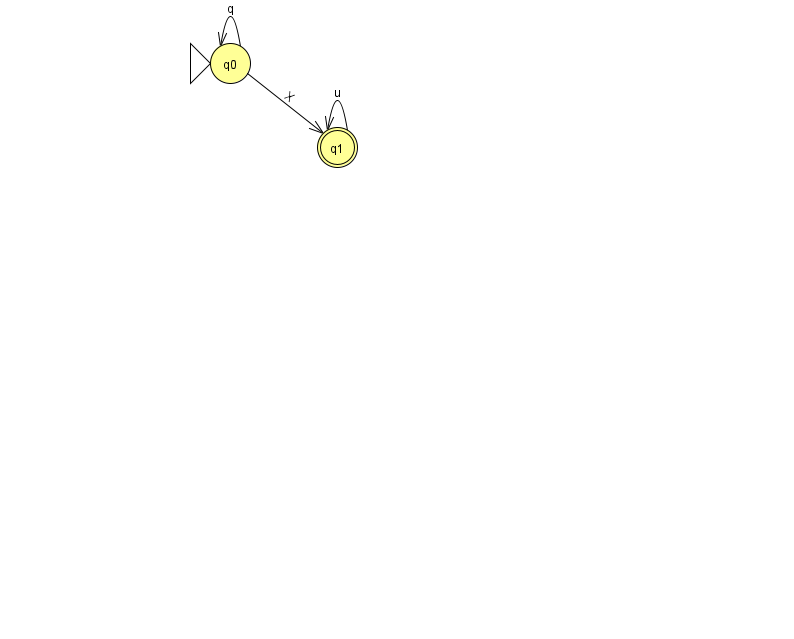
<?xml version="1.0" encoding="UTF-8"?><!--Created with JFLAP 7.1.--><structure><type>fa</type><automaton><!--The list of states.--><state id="0" name="q0"><x>230.0</x><y>50.0</y><initial/></state><state id="1" name="q1"><x>337.0</x><y>134.0</y><final/></state><!--The list of transitions.--><transition><from>0</from><to>0</to><read>q</read></transition><transition><from>1</from><to>1</to><read>u</read></transition><transition><from>0</from><to>1</to><read>X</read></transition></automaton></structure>